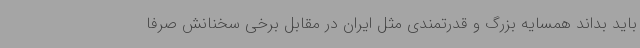
باید بداند همسایه بزرگ و قدرتمندی مثل ایران در مقابل برخی سخنانش صرفا